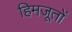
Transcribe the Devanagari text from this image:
हिमजूतों